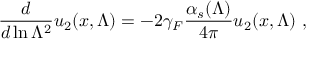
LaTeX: { \frac { d } { d \ln \Lambda ^ { 2 } } } u _ { 2 } ( x , \Lambda ) = - 2 \gamma _ { F } { \frac { \alpha _ { s } ( \Lambda ) } { 4 \pi } } u _ { 2 } ( x , \Lambda ) \ ,